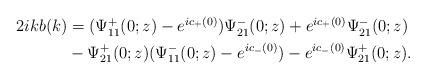
LaTeX: \begin{align*}\begin{aligned}2ikb(k)&=(\Psi^+_{11}(0 ;z)-e^{ic_+(0)}) \Psi^-_{21}(0;z)+e^{ic_+(0)}\Psi^-_{21}(0;z)\\&-\Psi^+_{21}(0;z) (\Psi^-_{11}(0;z)-e^{ic_-(0)})-e^{ic_-(0)}\Psi^+_{21}(0;z).\end{aligned}\end{align*}